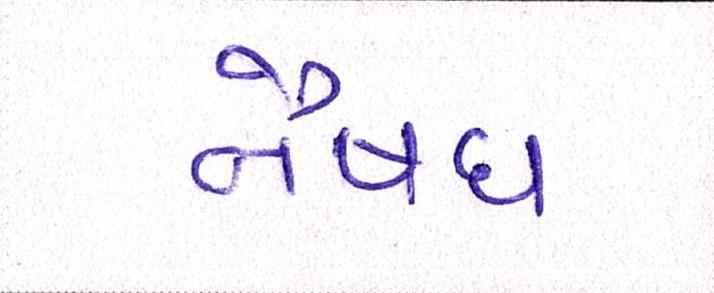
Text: નૈષધ